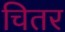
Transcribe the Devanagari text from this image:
चितर